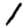
Digit: 1